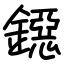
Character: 鐚